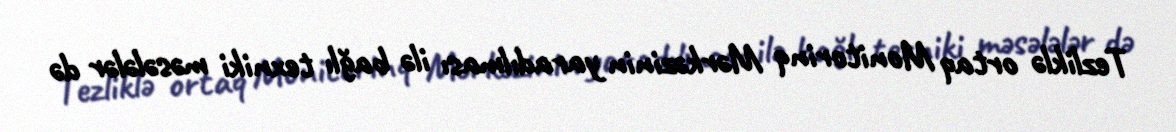
Tezliklə ortaq Monitorinq Mərkəzinin yaradılması ilə bağlı texniki məsələlər də